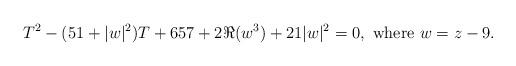
LaTeX: \begin{align*}T^2-(51+|w|^2)T+657+2\Re(w^3)+21|w|^2=0,\mbox{ where }w=z-9.\end{align*}